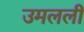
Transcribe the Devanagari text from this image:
उमलली